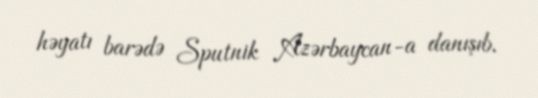
həyatı barədə Sputnik Azərbaycan-a danışıb.